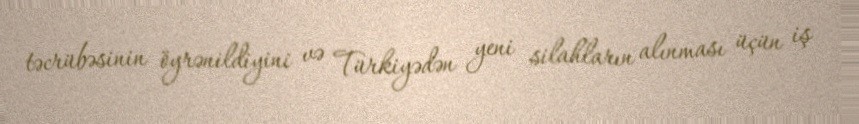
təcrübəsinin öyrənildiyini və Türkiyədən yeni silahların alınması üçün iş